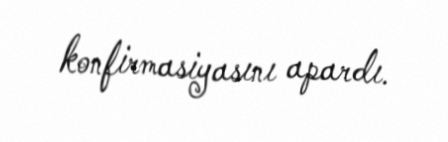
konfirmasiyasını apardı.